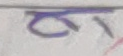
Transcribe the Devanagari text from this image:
हा